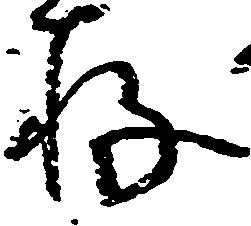
存